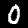
Label: 0